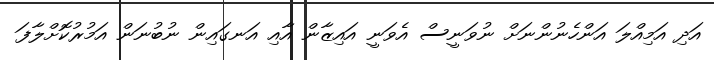
އަދި އަމިއްލަ އަންހެނުންނަށް ނުވަނީސް އެވަނީ އައިޒާން އާއި އަނގައިން ނުބުނަން އަމުރުކޮށްލާފަ